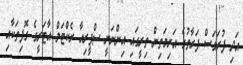
އަދި ފުރަގަސް ފަރާތުގެ އަރިމަތިން ތިރީގައި އިންނަނީ ސްޕީރިއާ ރެކްޓަލް އާޓަރީގެ ގޮފިތަކާއި